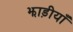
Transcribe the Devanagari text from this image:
झाड़ीयाँ